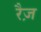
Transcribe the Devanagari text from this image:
रैज़